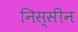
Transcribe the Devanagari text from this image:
निस्सीन